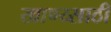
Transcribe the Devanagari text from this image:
खाण्य्साठी